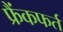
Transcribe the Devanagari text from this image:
फ्रैंकफर्त